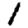
Digit: 1